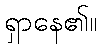
ရှာနေ၏။